Annual report of the Civil Veterinary Department, Bengal, for the year 1897-98 - 1897-1898
Year: 1897
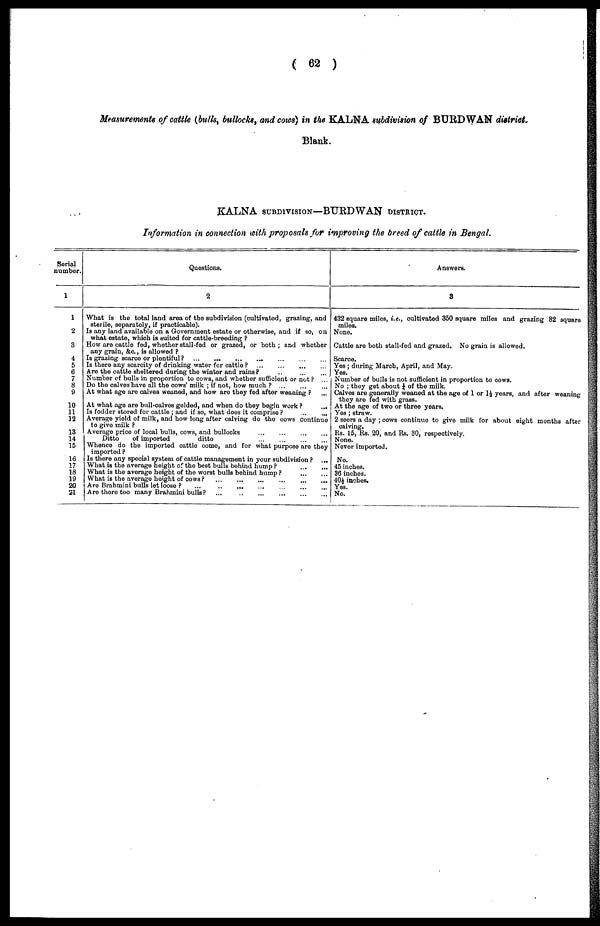
( 62 )
Measurements of cattle (bulls, bullocks, and cows) in the KALNA subdivision of BURDWAN district
Blank.
KALNA SUBDIVISION—BURDWAN DISTRICT.
Information in connection with proposals for improving the breed of cattle in Bengal.
Serial
number.
1
1
2
3
4
5
6
7
8
9
10
11
12
13
14
15
16
17
18
19
20
21
Questions.
2
What is the total land area of the subdivision (cultivated, grazing, and
sterile, separately, if practicable).
Is any land available on a Government estate or otherwise, and if so, on
what estate, which is suited for cattle-breeding ?
How are cattle fed, whether stall-fed or grazed, or both; and whether
any grain, &c, is allowed ?
Is grazing scarce or plentiful ?
...
...
...
...
...
...
...
Is there any scarcity of drinking water for cattle ? ... ... ... ...
Are the cattle sheltered during the winter and rains? ... ... ...
Number of bulls in proportion to cows, and whether sufficient or not ? ...
Do the calves have all the cows' milk ; if not, how much ? ... ... ...
At what age are calves weaned, and how are they fed after weaning ? ...
At what ago are bull-calves gelded, and when do they begin work ?
...
Is fodder stored for cattle ; and if so, what does it comprise ?
...
...
Average yield of milk, and how long after calving do the cows continue
to give milk ?
Average price of local bulls, cows, and bullocks ... ... ... ...
Ditto
of imported
ditto ... ... ... ...
Whence do the imported cattle come, and for what purpose are they
imported ?
Is there any special system of cattle management in your subdivision ? ...
What is the average height of the best bulls behind hump ?
...
...
What is the average height of the worst bulls behind
bump?
...
...
What is the average height of cows?
...
...
...
...
...
...
Are Brahmini bulls let loose ?
...
...
...
...
...
...
...
Are there too many Brahmini bulls?
...
...
...
...
...
...
Answers.
3
432 square miles, i.e., cultivated 350 square miles and grazing 82 square
miles.
None.
Cattle are both stall-fed and grazed. No grain is allowed.
Scarce.
Yes: during March, April, and May.
Yes.
Number of bulls is not sufficient in proportion to cows.
No ; they get about ¼ of the milk.
Calves are generally weaned at the age of 1 or 1½ years, and after weaning
they are fed with grass.
At the age of two or three years.
Yes ; straw.
2 seers a day ; cows continue to give milk for about eight months after
calving.
Rs. 15, Rs. 20, and Rs. 30, respectively.
None.
Never imported.
No.
45 inchos.
36 inches.
40½ inches.
Yes.
No.